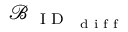
\mathcal { B } _ { \textrm { \textrm { I D } } _ { \textrm { d i f f } } }